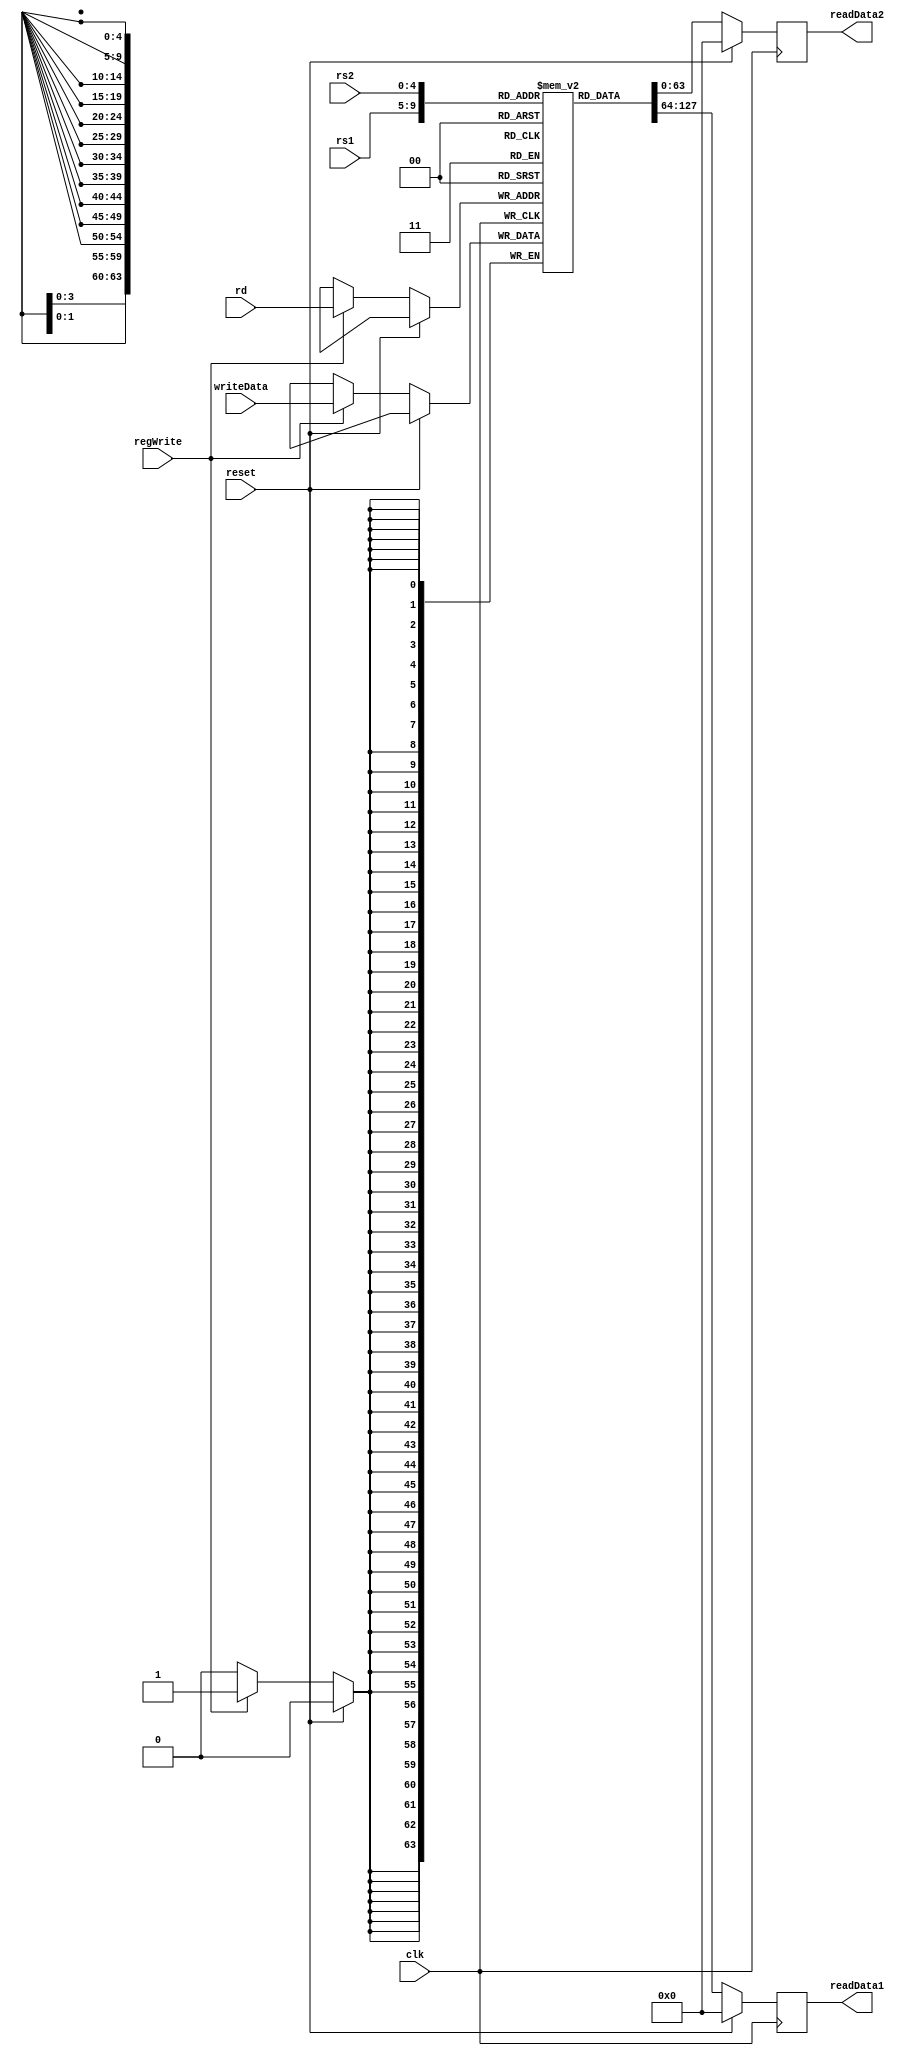
module Register_File
(
	input [63:0] writeData,
	input [4:0] rs1, rs2, rd,
	input regWrite, clk, reset,
	output reg [63:0] readData1, readData2
);

	reg [63:0] regFile [17:0];

	initial
		begin
			regFile[0] <= 0;
			regFile[1] <= 0;
			regFile[2] <= 0;
			regFile[3] <= 0;
			regFile[4] <= 0;
			regFile[5] <= 0;
			regFile[6] <= 0;
			regFile[7] <= 0;
			regFile[8] <= 0;
			regFile[9] <= 0;
			regFile[10] <= 0;
			regFile[11] <= 0;
			regFile[12] <= 0;
			regFile[13] <= 0;
			regFile[14] <= 0;
			regFile[15] <= 0;
			regFile[16] <= 0;
			regFile[17] <= 0;
		end
	
	always @(posedge clk)
		begin
			if (reset)
				begin
					readData1 <= 0;
					readData2 <= 0;
				end
			else
				begin
					readData1 <= regFile[rs1];
					readData2 <= regFile[rs2];
					if (regWrite) regFile[rd] <= writeData;
				end
		end
endmodule